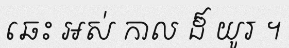
ឆេះ អស់ កាល ដ៏ យូរ ។